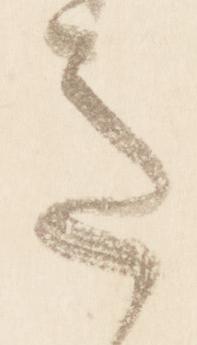
意